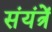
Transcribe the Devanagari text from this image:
संयंत्रें